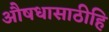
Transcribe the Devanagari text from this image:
औषधासाठीहि